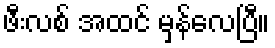
ဖီးလစ် အထင် မှန်လေပြီ။